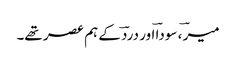
میرؔ ، سوداؔ اور دردؔ کے ہم عصر تھے۔